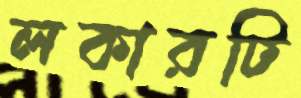
লকারটি